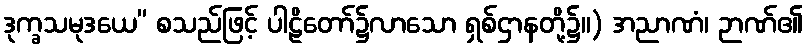
ဒုက္ခသမုဒယေ” စသည်ဖြင့် ပါဠိတော်၌လာသော ရှစ်ဌာနတို့၌။) အညာဏံ၊ ဉာဏ်၏